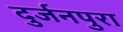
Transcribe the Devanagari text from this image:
दुर्जनपुरा